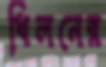
ধিলনের